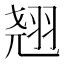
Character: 翘